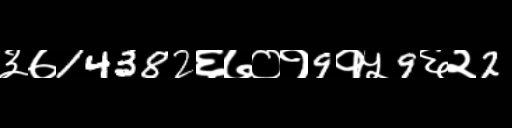
Text: ३७14382६७०१9१५9६२2